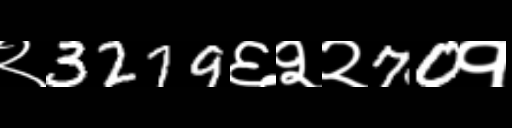
Text: २3279६२२70१